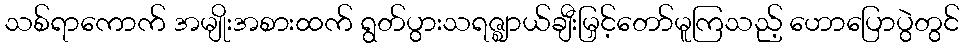
သစ်ရာကောက် အမျိုးအစားထက် ရွတ်ပွားသရဇ္ဈာယ်ချီးမြှင့်တော်မူကြသည့် ဟောပြောပွဲတွင်